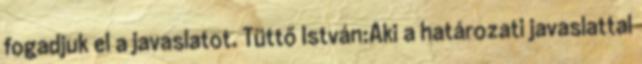
fogadjuk el a javaslatot. Tüttő István:Aki a határozati javaslattal